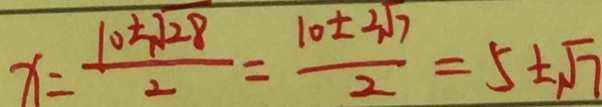
x = \frac { 1 0 \pm \sqrt { 2 8 } } { 2 } = \frac { 1 0 \pm 2 \sqrt { 7 } } { 2 } = 5 \pm \sqrt { 7 }